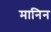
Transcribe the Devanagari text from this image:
मानिन